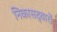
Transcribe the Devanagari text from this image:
निकासद्वारों